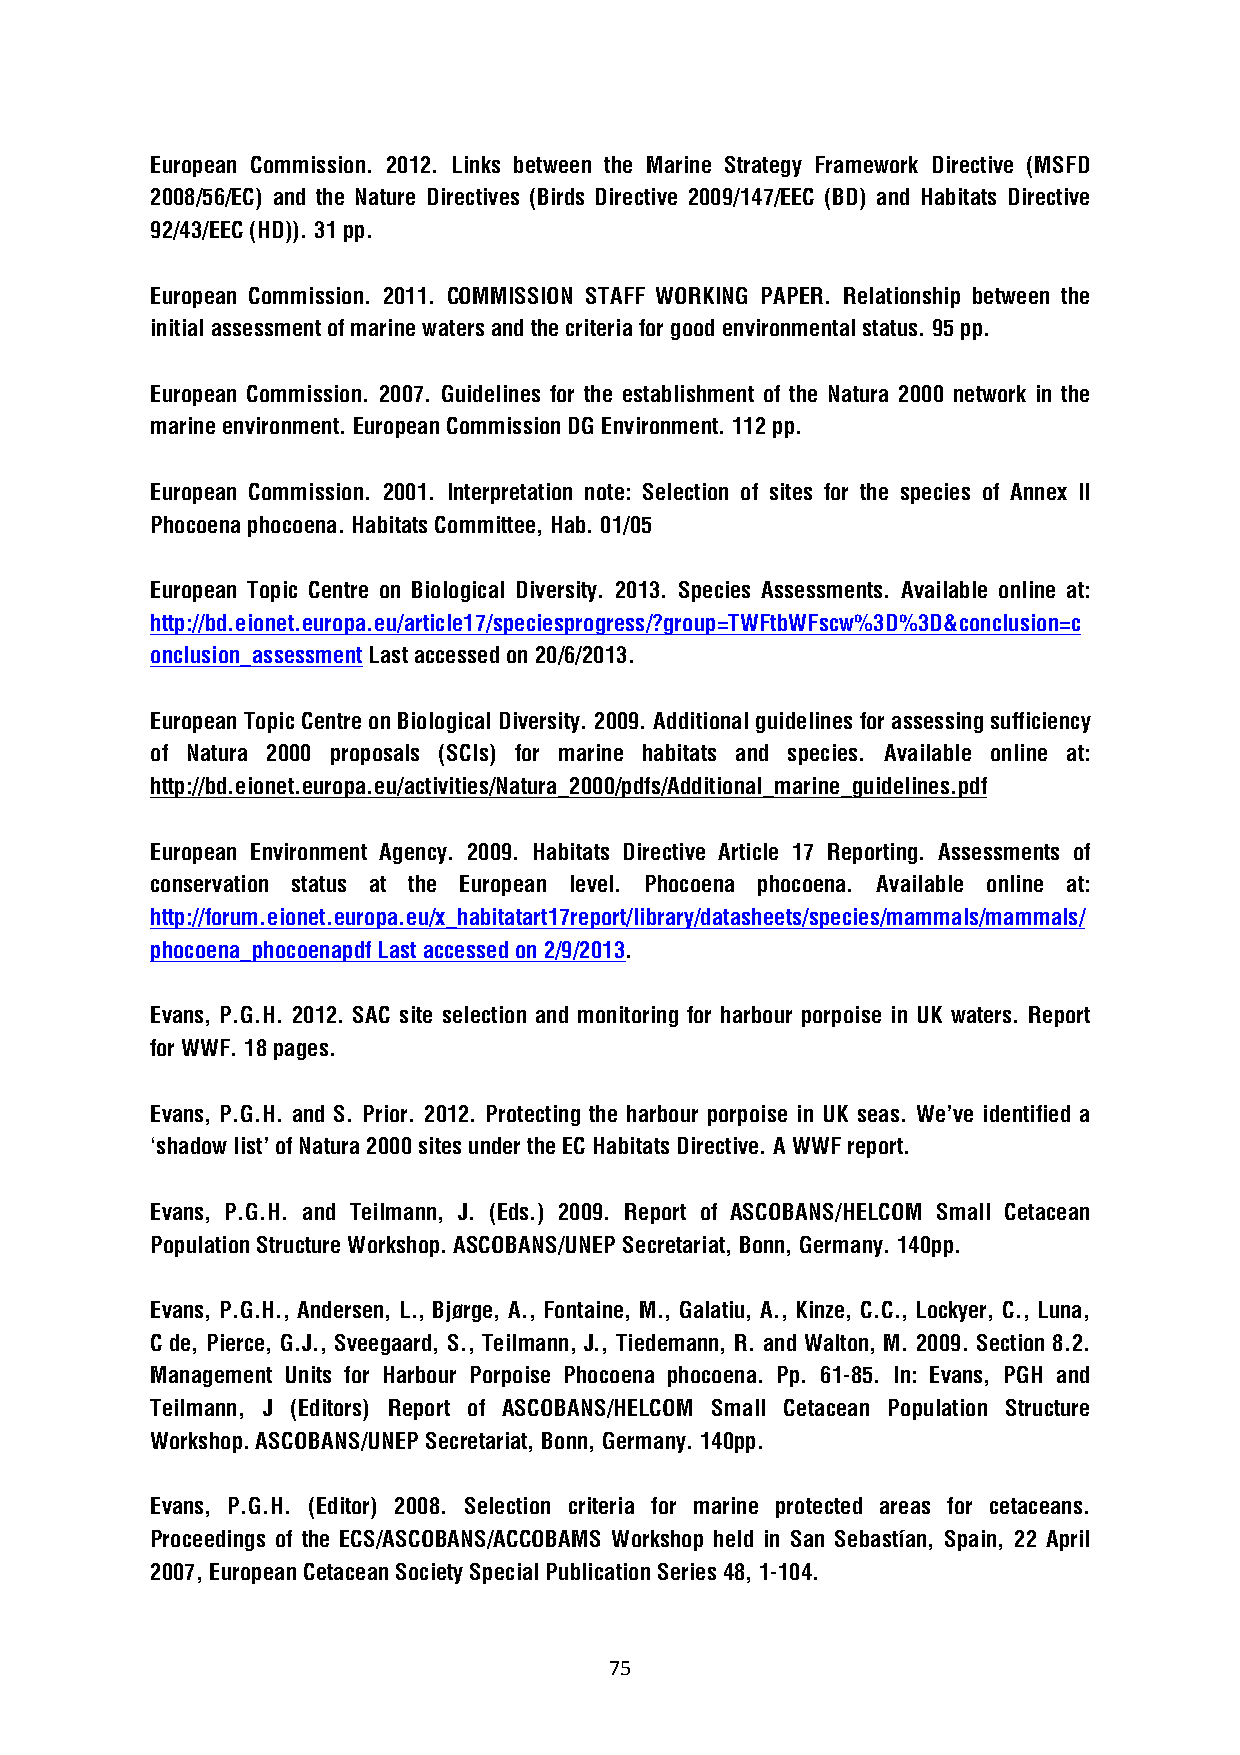
European Commission. 2012. Links between the Marine Strategy Framework Directive (MSFD
 2008/56/EC) and the Nature Directives (Birds Directive 2009/147/EEC (BD) and Habitats Directive
 92/43/EEC (HD)). 31 pp.
 European Commission. 2011. COMMISSION STAFF WORKING PAPER. Relationship between the
 initial assessment of marine waters and the criteria for good environmental status. 95 pp.
 European Commission. 2007. Guidelines for the establishment of the Natura 2000 network in the
 marine environment. European Commission DG Environment. 112 pp.
 European Commission. 2001. Interpretation note: Selection of sites for the species of Annex II
 Phocoena phocoena. Habitats Committee, Hab. 01/05
 European Topic Centre on Biological Diversity. 2013. Species Assessments. Available online at:
 http://bd.eionet.europa.eu/article17/speciesprogress/?group=TWFtbWFscw%3D%3D&conclusion=c
 onclusion_assessment Last accessed on 20/6/2013.
 European Topic Centre on Biological Diversity. 2009. Additional guidelines for assessing sufficiency
 of Natura 2000 proposals (SCIs) for marine habitats and species. Available online at:
 http://bd.eionet.europa.eu/activities/Natura_2000/pdfs/Additional_marine_guidelines.pdf
 European Environment Agency. 2009. Habitats Directive Article 17 Reporting. Assessments of
 conservation status at the European level. Phocoena phocoena. Available online at:
 http://forum.eionet.europa.eu/x_habitatart17report/library/datasheets/species/mammals/mammals/
 phocoena_phocoenapdf Last accessed on 2/9/2013.
 Evans, P.G.H. 2012. SAC site selection and monitoring for harbour porpoise in UK waters. Report
 for WWF. 18 pages.
 Evans, P.G.H. and S. Prior. 2012. Protecting the harbour porpoise in UK seas. We’ve identified a
 ‘shadow list’ of Natura 2000 sites under the EC Habitats Directive. A WWF report.
 Evans, P.G.H. and Teilmann, J. (Eds.) 2009. Report of ASCOBANS/HELCOM Small Cetacean
 Population Structure Workshop. ASCOBANS/UNEP Secretariat, Bonn, Germany. 140pp.
 Evans, P.G.H., Andersen, L., Bjørge, A., Fontaine, M., Galatiu, A., Kinze, C.C., Lockyer, C., Luna,
 C de, Pierce, G.J., Sveegaard, S., Teilmann, J., Tiedemann, R. and Walton, M. 2009. Section 8.2.
 Management Units for Harbour Porpoise Phocoena phocoena. Pp. 61-85. In: Evans, PGH and
 Teilmann, J (Editors) Report of ASCOBANS/HELCOM Small Cetacean Population Structure
 Workshop. ASCOBANS/UNEP Secretariat, Bonn, Germany. 140pp.
 Evans, P.G.H. (Editor) 2008. Selection criteria for marine protected areas for cetaceans.
 Proceedings of the ECS/ASCOBANS/ACCOBAMS Workshop held in San Sebastían, Spain, 22 April
 2007, European Cetacean Society Special Publication Series 48, 1-104.
 75